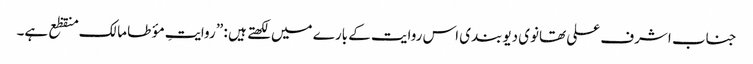
جناب اشرف علی تھانوی دیوبندی اس روایت کے بارے میں لکھتے ہیں : ” روایتِ مؤ طا مالک منقظع ہے۔